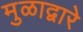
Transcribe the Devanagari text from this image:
मुळाद्वारे